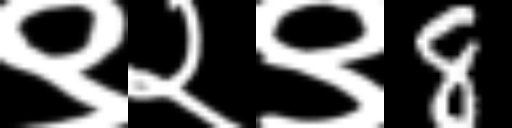
Text: ९२९8